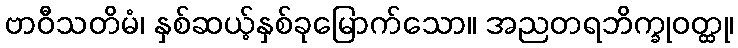
ဗာဝီသတိမံ၊ နှစ်ဆယ့်နှစ်ခုမြောက်သော။ အညတရဘိက္ခုဝတ္ထု၊